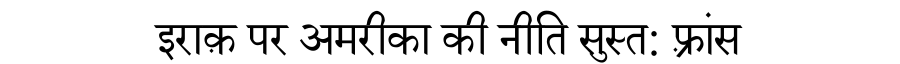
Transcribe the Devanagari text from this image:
इराक़ पर अमरीका की नीति सुस्त: फ़्रांस